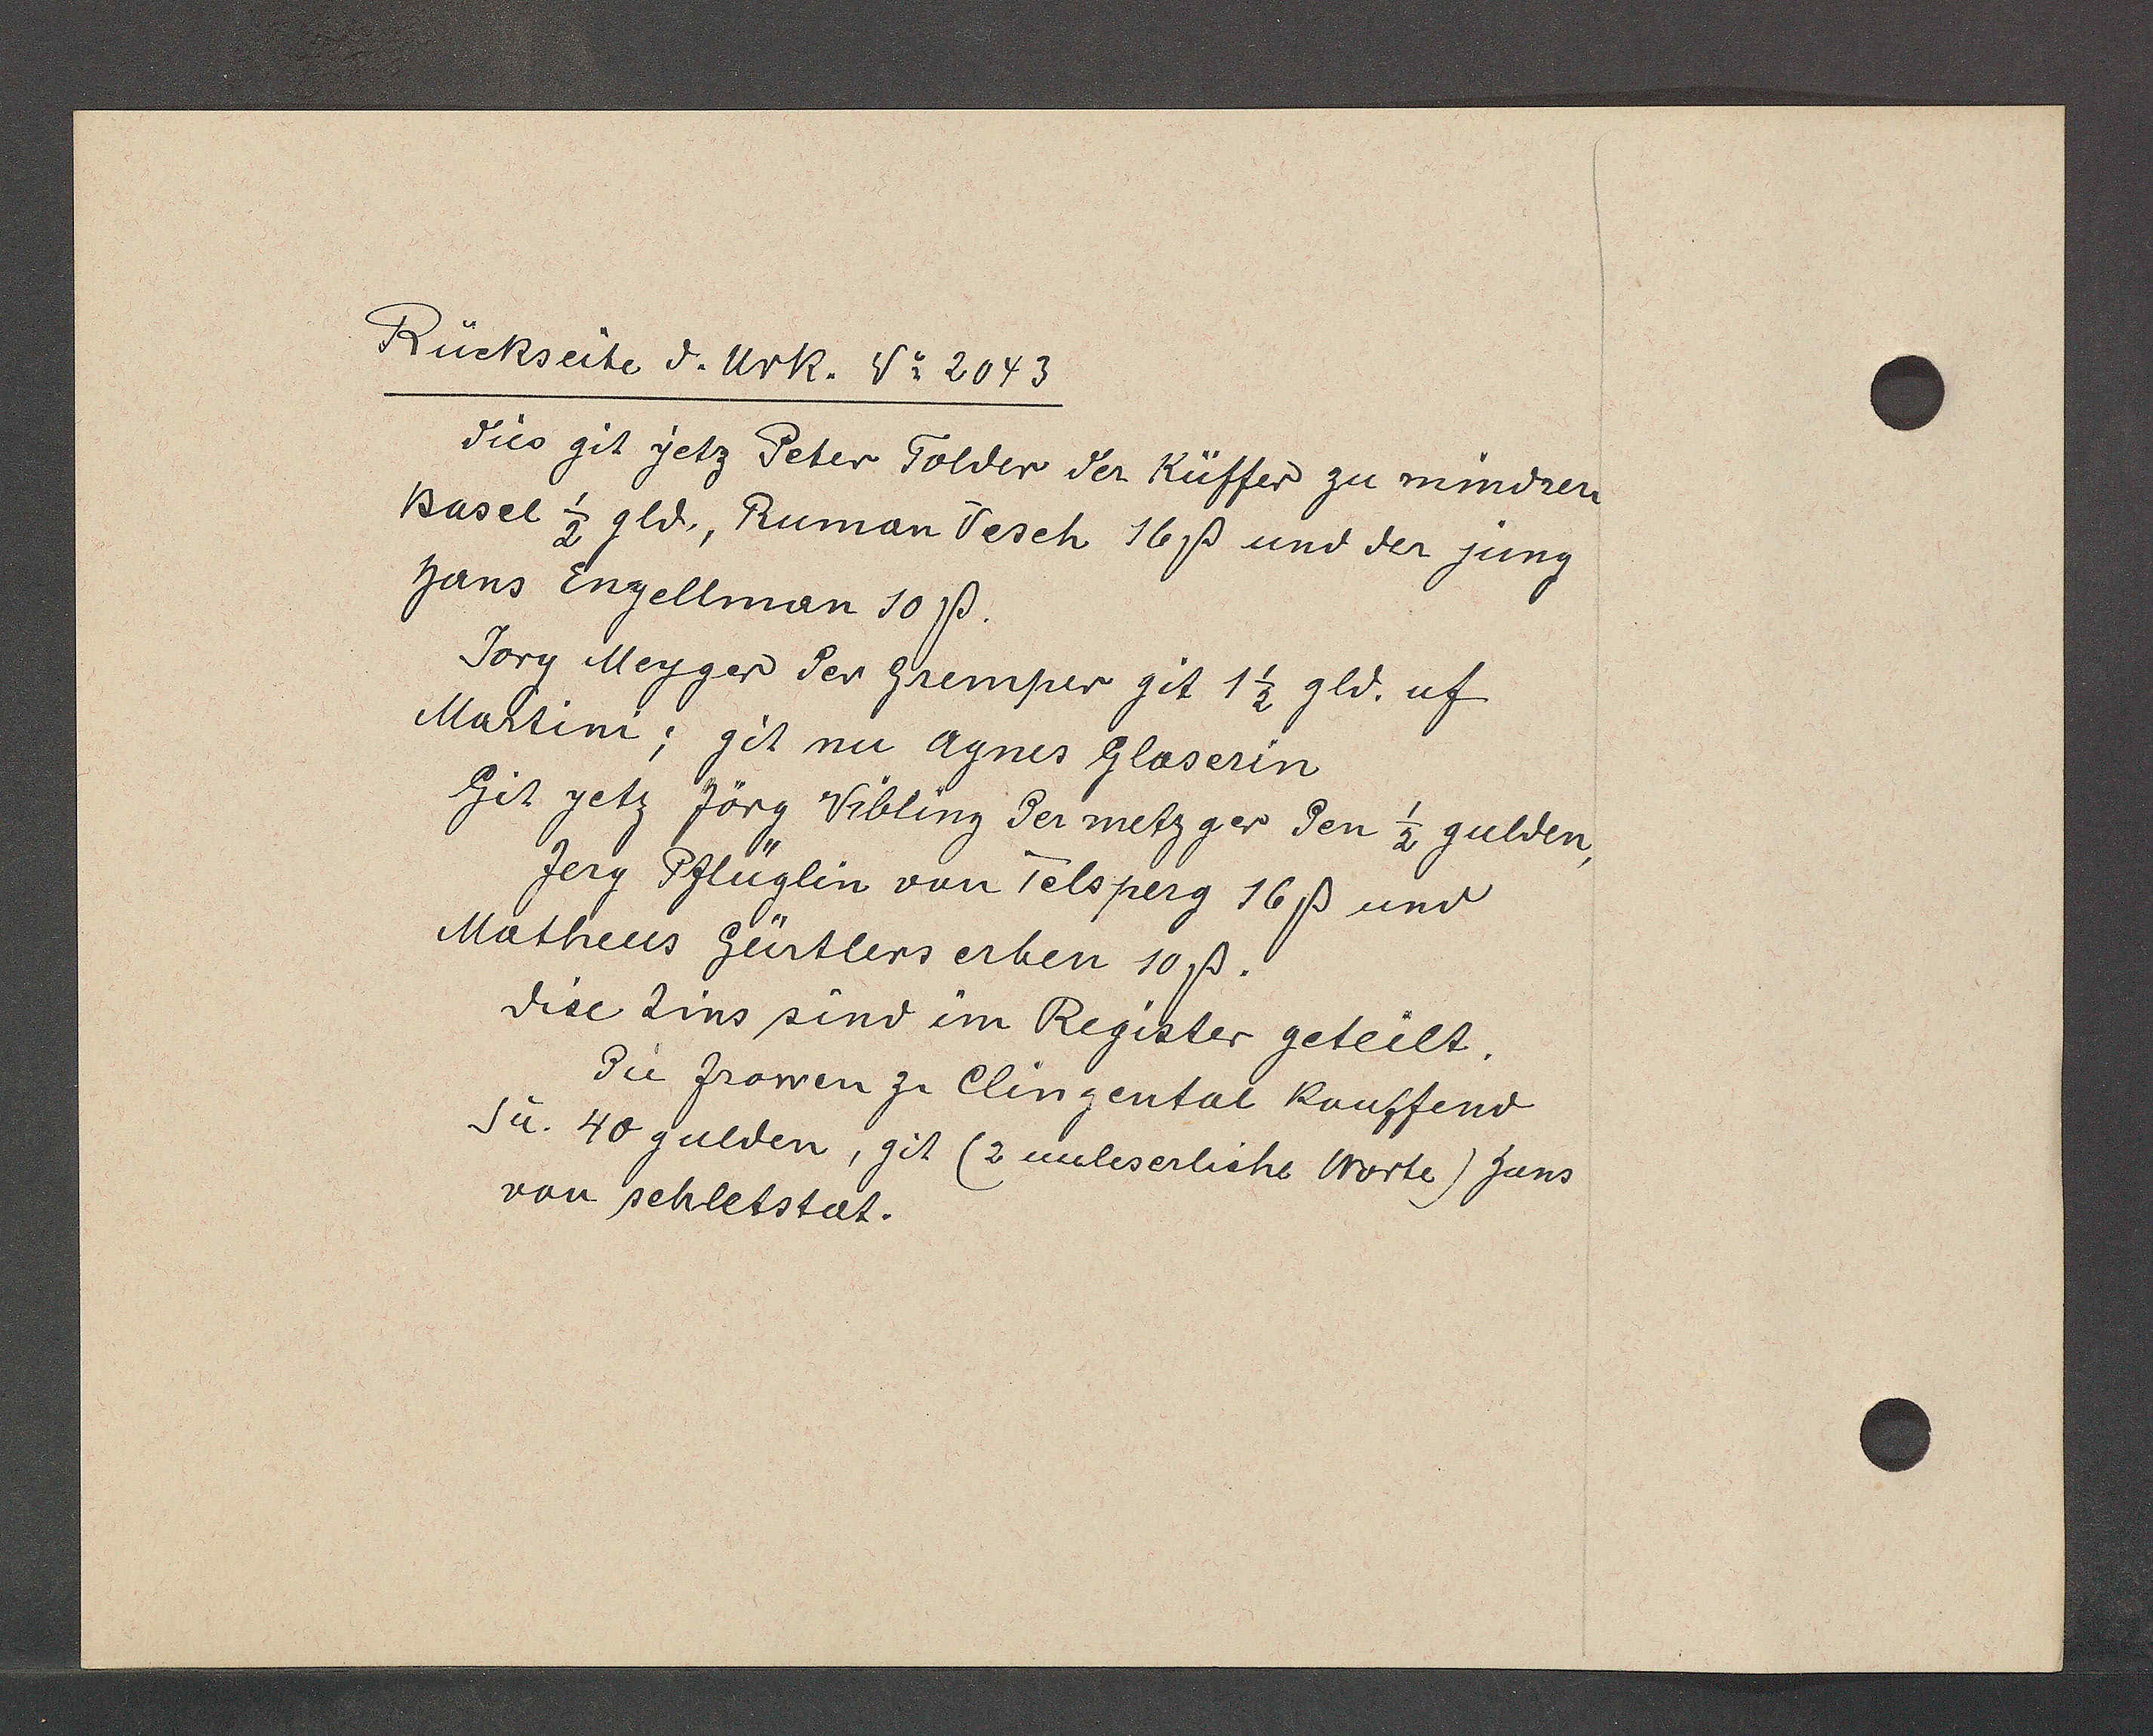
Transcript:
Rückseite d. Urk. v= 2043

dies git jetz Peter Tolder der Küffer zu mindren
Basel 1/2 gld., Ruman Vesch 16ß und der jung
Hans Engellman 10ß.
Jorg Meyger der Gremper git 1 1/2 gld. uf
Martini; git nu Agnes Glaserin
Git yetz Jörg Vibling der metzger den 1/2 gulden
Jerg Pflüglin von Telsperg 16ß und
Matheus Gürtlers erben 10ß.
dise Zins sind im Register geteilt,
die frowen zu Clingental kauffend
die 40 gulden, git (2 unleserliche Worte) Zans
von sehletstat.